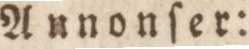
Aunonſer: